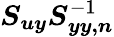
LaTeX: \boldsymbol{S_{uy}}\boldsymbol{S}_{\boldsymbol{yy,n}}^{-1}